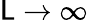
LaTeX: \mathsf{L}\rightarrow\infty